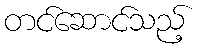
တင်ဆောင်သည့်